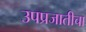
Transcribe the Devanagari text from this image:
उपप्रजातीचा